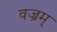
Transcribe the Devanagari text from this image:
वज्रम्